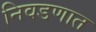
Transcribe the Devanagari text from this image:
निवडणात